Lunatic asylums in Bengal annual reports 1912-1924 - 1912-1924
Year: 1912
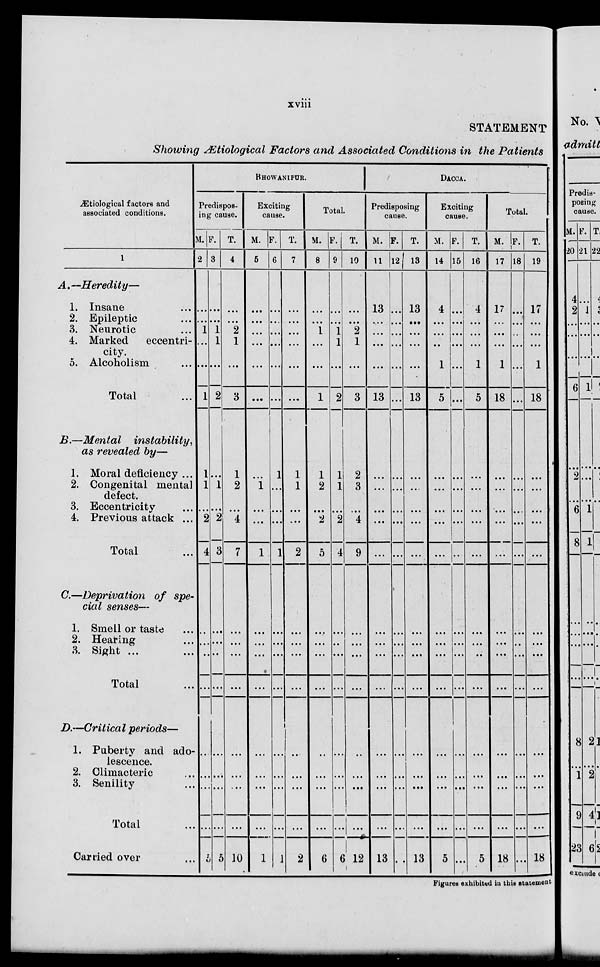
xviii
STATEMENT
Showing Ætiological Factors and Associated Conditions in the Patients
Ætiological factors and
associated conditions.
1
A. —Heredity—
1. Insane ...
2. Epileptic ...
3. Neurotic
4. Marked
eccentri-
city.
5. Alcoholism ...
Total ...
B.—Mental
instability,
as revealed by—
1. Moral deficiency ...
2. Congenital mental
defect.
3. Eccentricity ...
4. Previous attack ...
Total ...
C.—Deprivation of spe-
cial senses—
1. Smell or taste ...
2. Heating ...
3. Sight ...
Total ...
D.—Critical periods—
1. Puberty and ado-
lescence.
2. Climacteric ...
3. Senility ...
Total ...
Carried over ...
BHOWANIPUR.
Predispos-
ing cause.
M.
2
...
...
1
...
...
1
1
1
...
2
4
...
...
...
...
...
...
...
5
F.
3
...
...
1
1
...
2
...
1
...
2
3
...
...
...
...
...
...
...
5
T.
4
...
...
2
1
...
3
1
2
...
4
7
...
...
...
...
...
...
...
10
Exciting
cause.
M.
5
...
...
...
...
...
...
...
1
...
...
1
...
...
...
...
...
...
...
1
F.
6
...
...
...
...
...
...
1
...
...
...
1
...
...
...
...
...
...
...
1
T.
7
...
...
...
...
...
...
1
1
...
...
2
...
...
...
...
...
...
...
2
Total.
M.
8
...
...
1
...
...
1
1
2
...
2
5
...
...
...
...
...
...
...
6
F.
9
...
...
1
1
...
2
1
1
...
2
4
...
...
...
...
...
...
...
6
T.
10
...
...
2
1
...
3
2
3
...
4
9
...
...
...
...
...
...
...
12
DACCA.
Predisposing
cause.
M.
11
13
...
...
...
...
13
...
...
...
...
...
...
...
...
...
...
...
...
13
F.
12
...
...
...
...
...
...
...
...
...
...
...
...
...
...
...
...
...
...
...
T.
13
13
...
...
...
...
13
...
...
...
...
...
...
...
...
...
...
...
...
13
Exciting
cause.
M.
14
4
...
...
...
1
5
...
...
...
...
...
...
...
...
...
...
...
...
5
F.
15
...
...
...
...
...
...
...
...
...
...
...
...
...
...
...
...
...
...
...
T.
16
4
...
...
...
1
5
...
...
...
...
...
...
...
...
...
...
...
...
5
Total.
M.
17
17
...
...
...
1
18
...
...
...
...
...
...
...
...
...
...
...
...
18
F.
18
...
...
...
...
...
...
...
...
...
...
...
...
...
...
...
...
...
...
...
T.
19
17
...
...
...
1
18
...
...
...
...
...
...
...
...
...
...
...
...
18
Figures exhibited in this statement